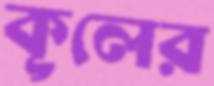
কূলের